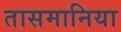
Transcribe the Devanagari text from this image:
तासमानिया